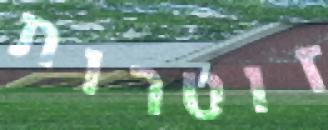
זוטרות